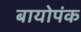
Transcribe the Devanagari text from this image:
बायोपंक